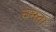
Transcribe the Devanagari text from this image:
चमता